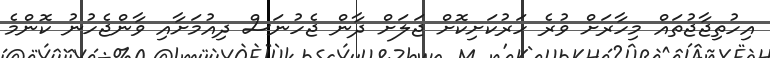
އިހުތިޖާޖުތައް މިހާރަށް ވުރެ ހަރުކަށިކޮށް ޖަލަށް ދާން ޖެހުނަސް ދިއުމަށާއި ވާންޖެހުނު ކޮންމެ